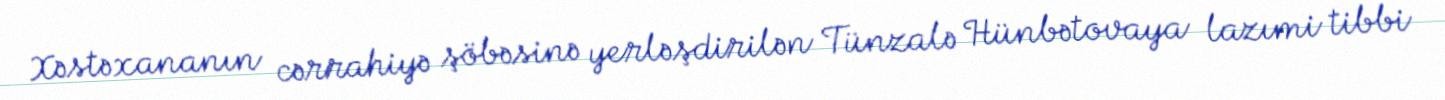
Xəstəxananın cərrahiyə şöbəsinə yerləşdirilən Tünzalə Hünbətovaya lazımi tibbi